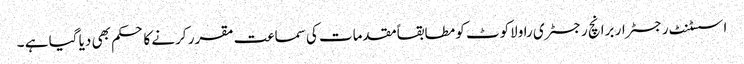
اسسٹنٹ رجسٹرار برانچ رجسٹری راولاکوٹ کو مطابقاًمقدمات کی سماعت مقرر کرنے کا حکم بھی دیا گیا ہے ۔